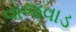
વાજવાડ